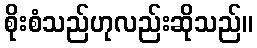
စိုးစံသည်ဟုလည်းဆိုသည်။